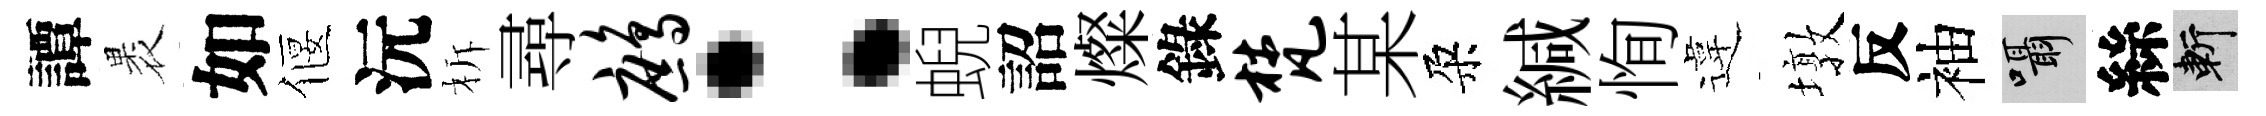
譚褁如偃沅柝尋鹧：蜺詔燦錄梵某朶緘恂違墩反袖囁絲斬